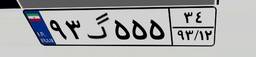
۹۳گ۵۵۵۳۴